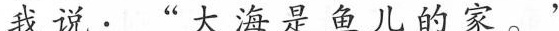
我说 ” 大海是鱼儿的家。 ”